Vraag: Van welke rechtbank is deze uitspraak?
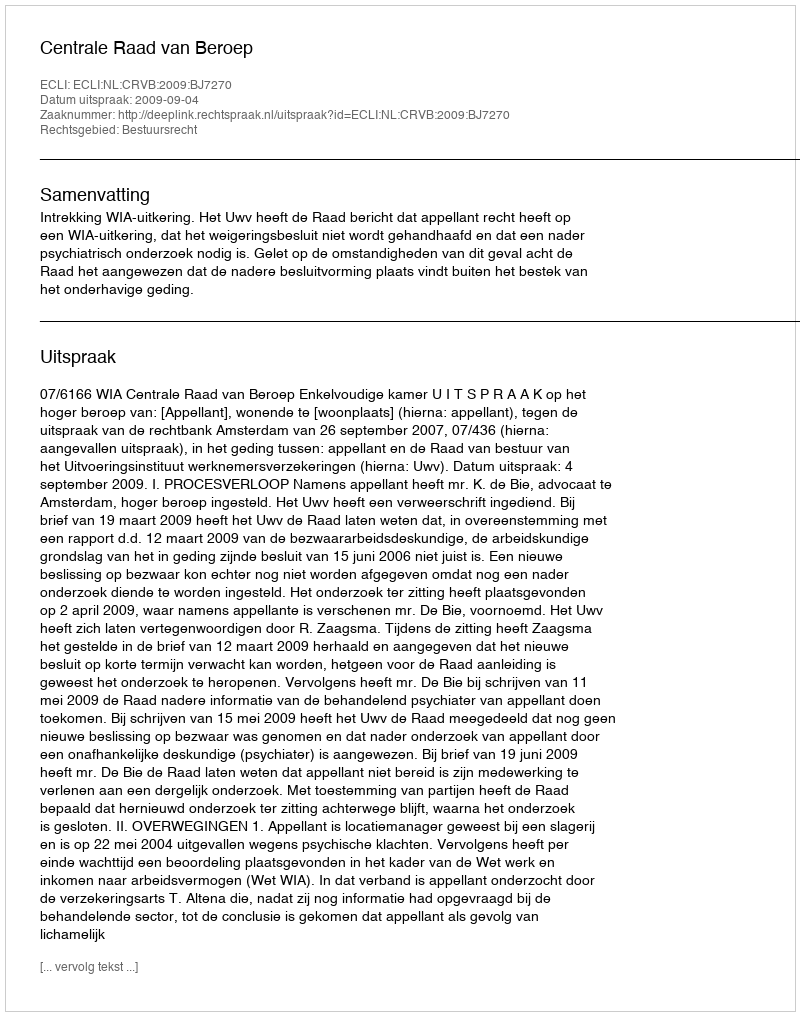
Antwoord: Centrale Raad van Beroep